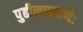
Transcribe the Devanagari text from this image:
पुढीलप्रमाणेः